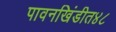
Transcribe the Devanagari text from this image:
पावनखिंडीत४८